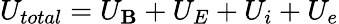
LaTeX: U_{total}=U_{\mathbf{B}}+U_{E}+U_{i}+U_{e}